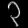
Digit: ၃